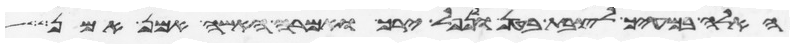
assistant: האלה במעיך לצבת בטן ולנפל ירך ואמרה האשה אמן אמן